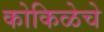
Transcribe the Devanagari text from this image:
कोकिळेचे